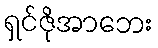
ရှင်ဇိုအာဘေး